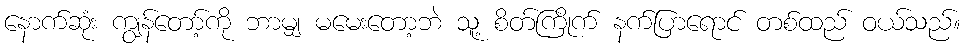
နောက်ဆုံး ကျွန်တော့်ကို ဘာမျှ မမေးတော့ဘဲ သူ့ စိတ်ကြိုက် နက်ပြာရောင် တစ်ထည် ဝယ်သည်။